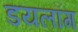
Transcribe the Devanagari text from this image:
डयलॉग